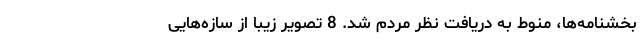
بخشنامه‌ها، منوط به دریافت نظر مردم شد. 8 تصویر زیبا از سازه‌هایی